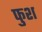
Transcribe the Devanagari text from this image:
फुश